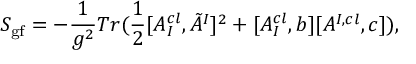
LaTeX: S _ { \mathrm { g f } } = - \frac { 1 } { g ^ { 2 } } T r ( \frac { 1 } { 2 } [ A _ { I } ^ { c l } , \tilde { A } ^ { I } ] ^ { 2 } + [ A _ { I } ^ { c l } , b ] [ A ^ { I , c l } , c ] ) ,